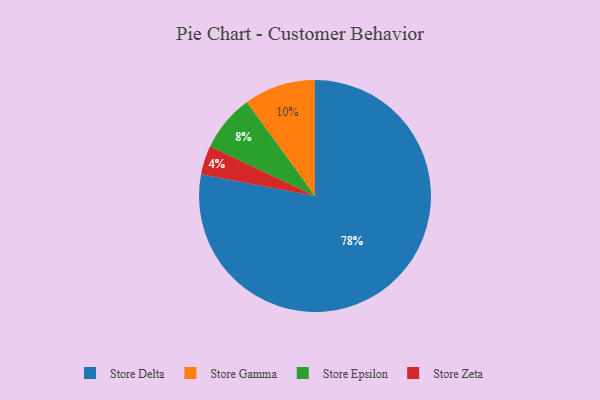
{"axis": {"x": "Category", "y": "Percentage"}, "legend": ["Store Delta", "Store Epsilon", "Store Gamma", "Store Zeta"], "data": [{"x": "Store Zeta", "y": 4, "type": "Store Zeta"}, {"x": "Store Gamma", "y": 10, "type": "Store Gamma"}, {"x": "Store Epsilon", "y": 8, "type": "Store Epsilon"}, {"x": "Store Delta", "y": 78, "type": "Store Delta"}]}